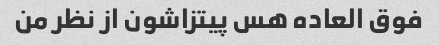
فوق العاده هس پیتزاشون از نظر من